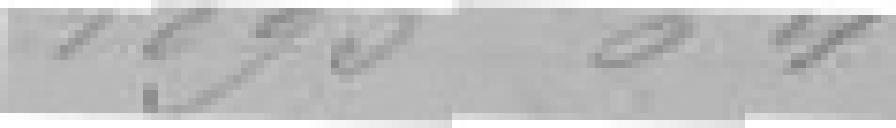
1893 : 64